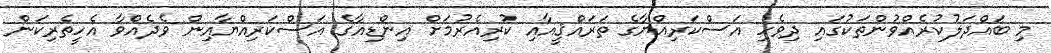
މި ބައްދަލުކުރެއްވުންތަކުގައި ދިވެހި އަސްކަރިއްޔާގެ ތަރައްޤީއާއި ކުރިއެރުމަށް އިންޑިއާގެ އަސްކަރިއްޔާއިން ވެދެއްވާ އެހީތެރިކަން